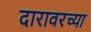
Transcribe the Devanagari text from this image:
दारावरच्या